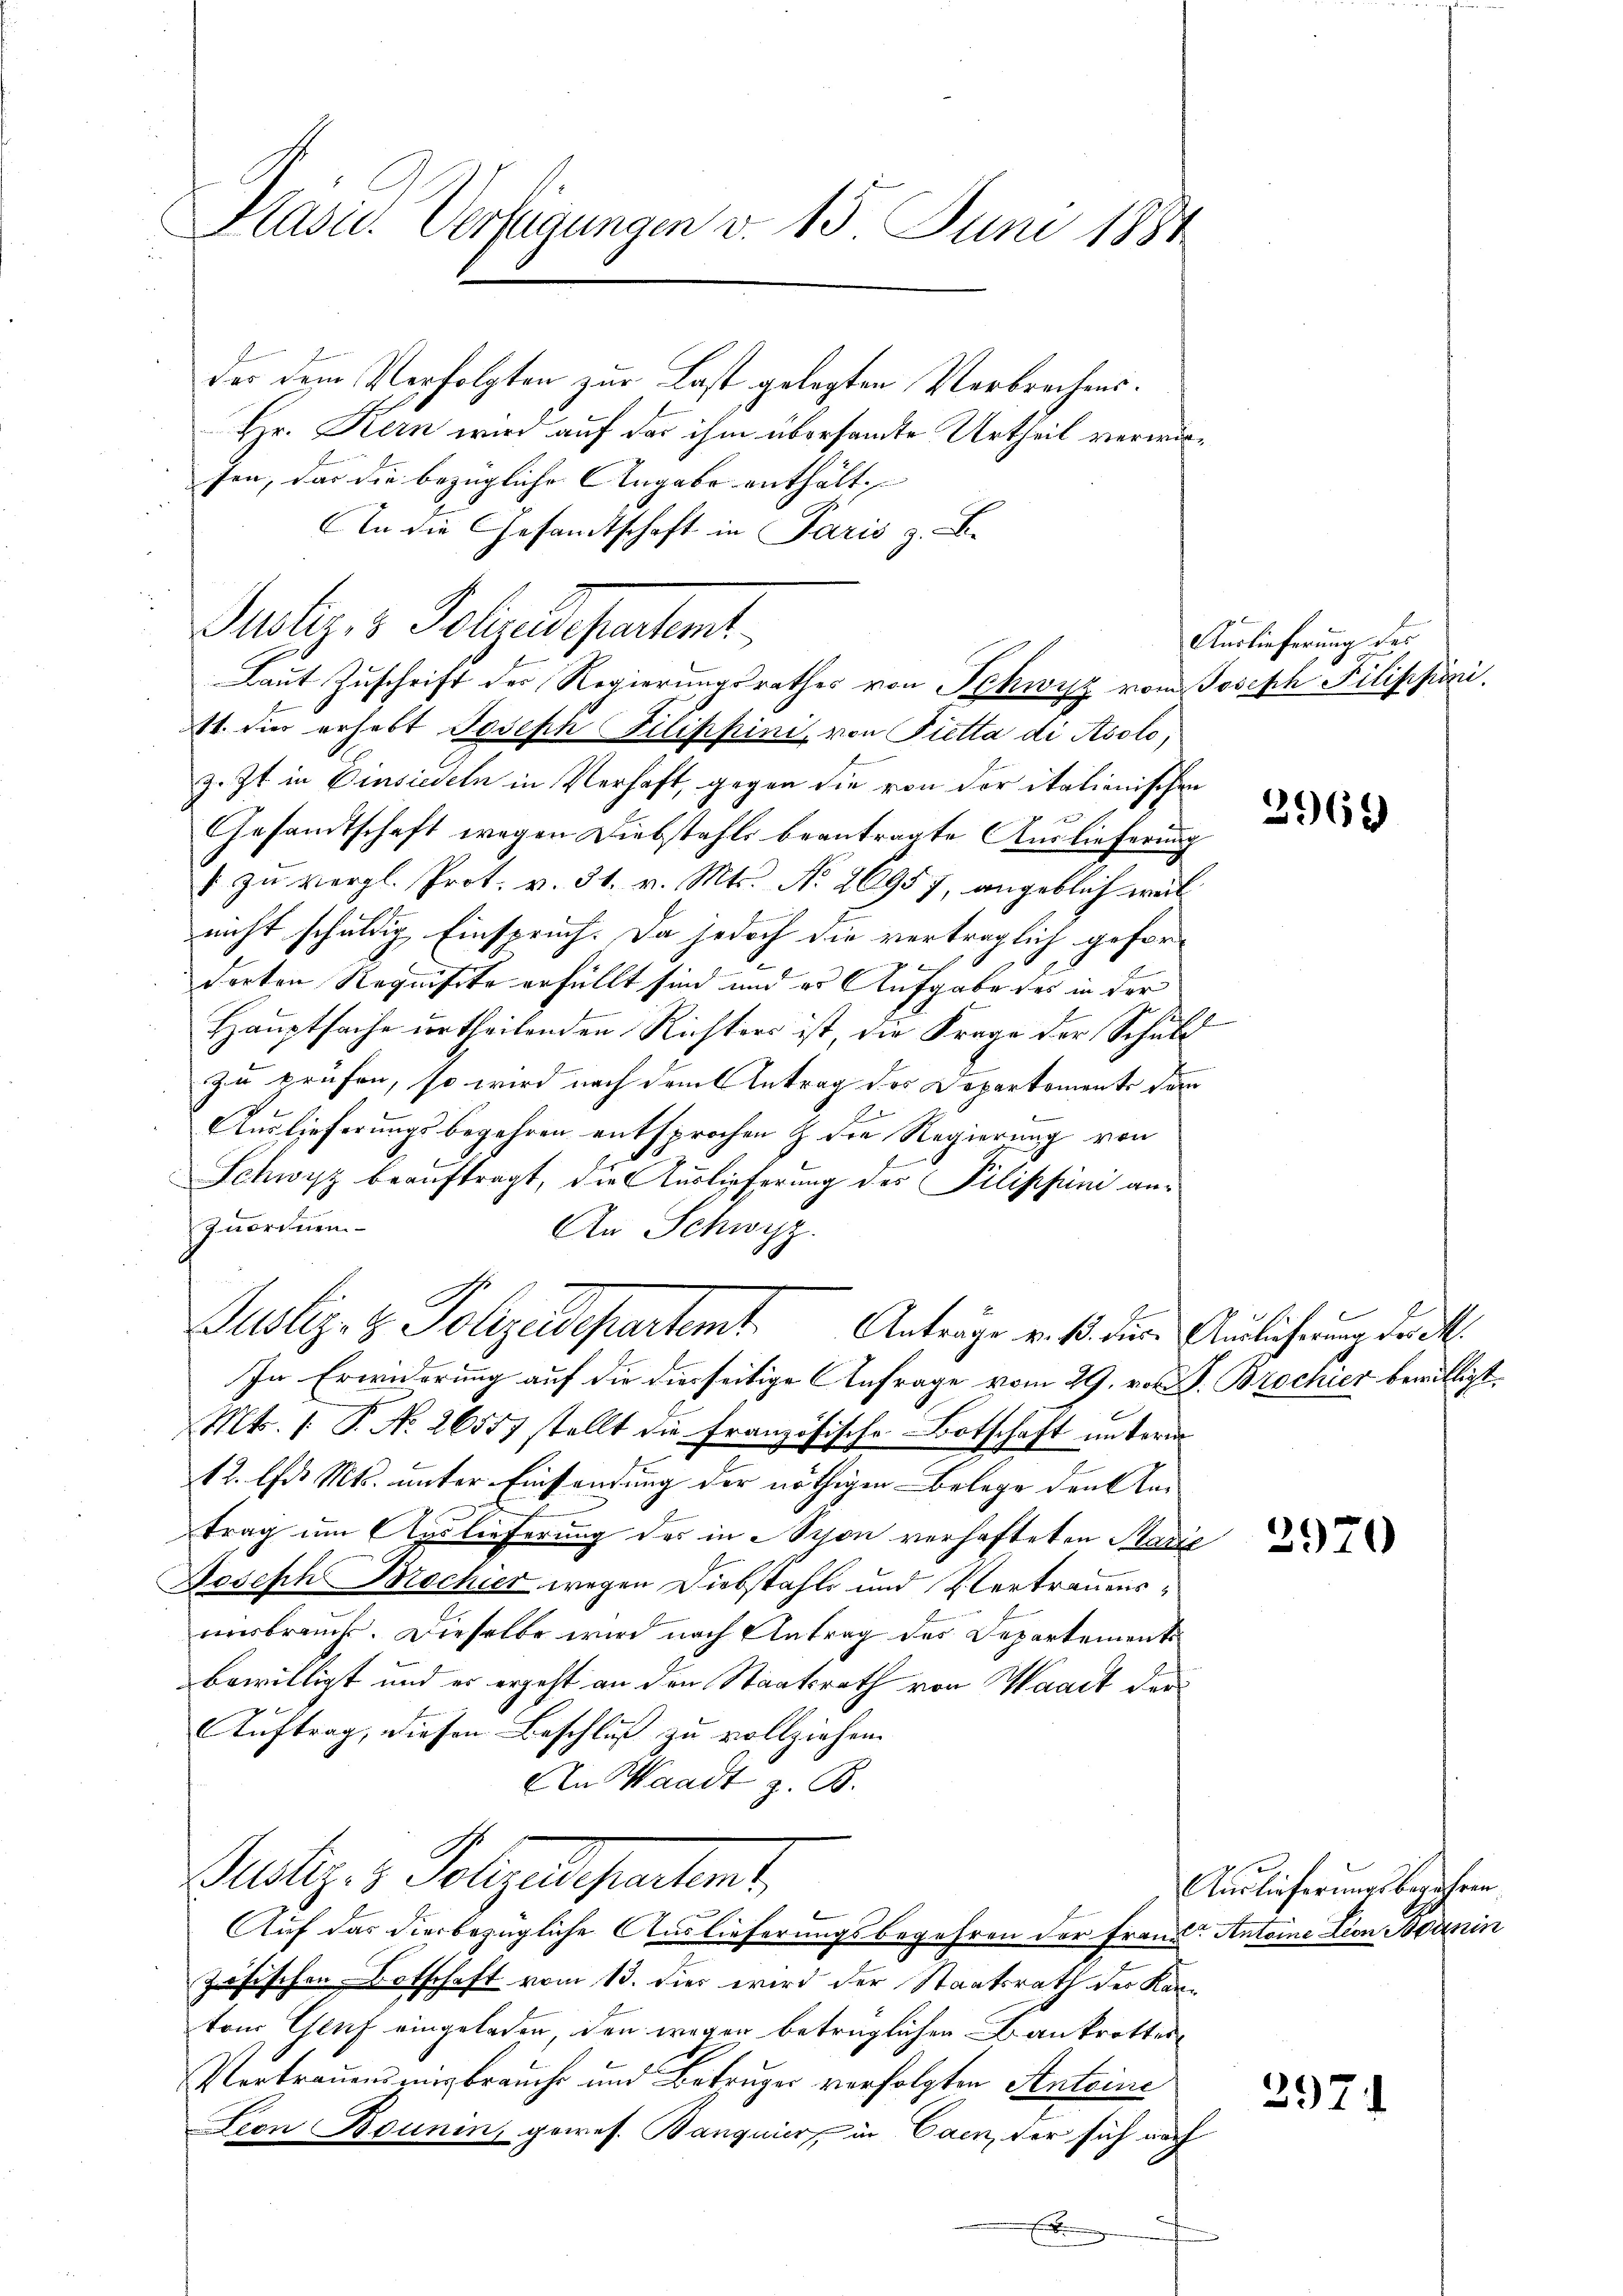
Präses Verfügungen d. 15. Juni 1884

der dem Verfolgten zur Last gelegten Verbrechens¬
Hr. Kern wird auf der ihm übersandte Urtheil verwirsen, das die bezügliche Angabe enthält. |
An die Gesamtschaft in Paris z. B.
Justiz- & Polizeidepartamt
z. Zt. in Einsiedeln in Verhaft, gegen die von der italienischen
Gesandtschaft wegen Diebstahls beantragte Auslieferung
1 zu vergl. Prot. v. 31. v. Mts. No. 26957, angeblich weil
nicht schuldig Einspruch. Da jedoch die verträglich geforderten Requisite erfüllt sind und er Aufgabe des in der
Hauptsache urtheilenden Richters ist, die Frage der Schuld
zu prüfen, so wird nach dem Antrag des Deparkoments dem
.
Auslieferungsbegehren entsprochen & die Regierung von
Schwyz beauftragt, die Auslieferung des Pilippini anzuordnen
An Schwyz.
Justiz- & Polizadepartemt. Anträge v. 1. die Auslicherung der
In Erwiderung auf die diesseitige Anfrage vom 29. von J. Brochier bewilligt.
Mts. 1. P. Nr. 26557 stellt die Französische Botschaft unterm
12. lfd. Mts. unter Einsendung der nöthigen Belege den An-
trag um Auslieferung des in Schon verhafteten Stadie
Joseph Mochier wegen Diebstahls und Vertrauensunsbrauch. Dieselbe wird nach Antrag des Departement
bewilligt und es ergeht an den Staatsrath von Waadt der
Auftrag, diesen Beschluß zu vollziehen.
An Waadt z. B.
Satz. 3. Folgelesentent

Auf das Vierbezügliche Auslieferungsbegehren der Franz Antoine tion Bornin
zösischen Botschaft vom 13. dies wird der Staatsrath der Kantem Genf eingeladen, den wegen betrüglichen Bankrottes
Vertrauensmissbrauche und Betruger verfolgten Anteine
Lion Bounin, gewes. Banquier, in Caen, der sich nach
E

Laut Zuschrift der Regierungsrathes von Schwyz vom Joseph Filippini.
11. Für erhebt Joseph Filippini, von Pietta di Asolo,

Auslieferung des

3969

2970

2971

Auslieferungsbegehren